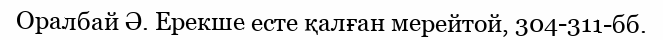
Оралбай Ә. Ерекше есте қалған мерейтой, 304-311-бб.